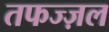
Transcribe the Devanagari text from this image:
तफज्ज़ल